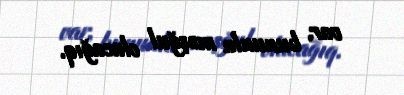
var, bununla məşğul olacağıq.